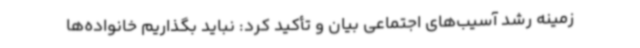
زمینه رشد آسیب‌های اجتماعی بیان و تأکید کرد: نباید بگذاریم خانواده‌ها